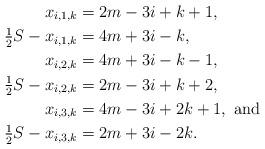
LaTeX: \begin{align*}x_{i,1,k} &= 2m-3i+k+1, \\\tfrac{1}{2} S -x_{i,1,k} &= 4m+3i-k, \\x_{i,2,k} &= 4m+3i-k-1, \\\tfrac{1}{2} S - x_{i,2,k} &= 2m-3i+k+2, \\x_{i,3,k} &= 4m-3i+2k+1, \mbox{ and } \\\tfrac{1}{2} S - x_{i,3,k} &= 2m+3i-2k. \end{align*}